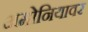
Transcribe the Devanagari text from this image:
अमोनियावर